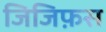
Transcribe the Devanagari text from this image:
जिजिफ़स